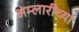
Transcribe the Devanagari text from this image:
अम्लारींच्या